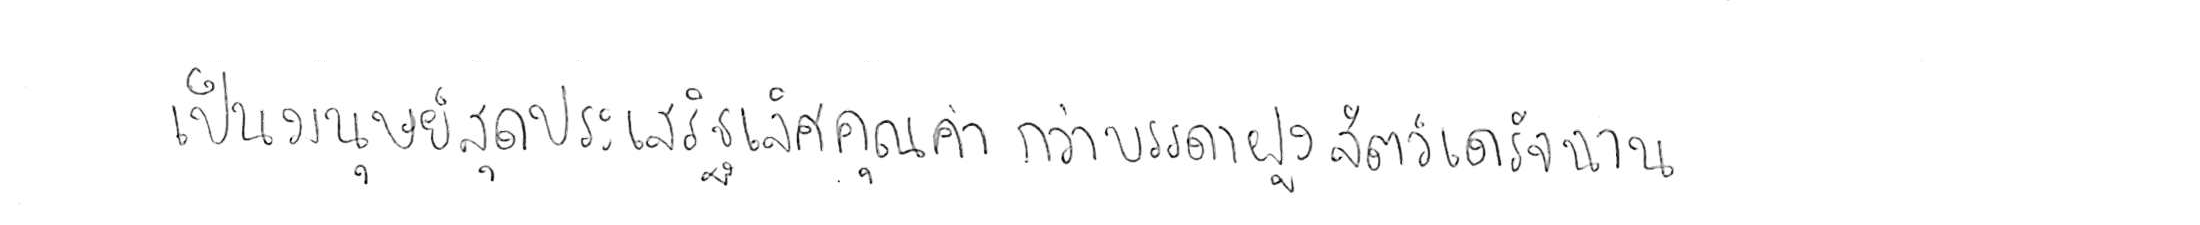
เป็นมนุษย์สุดประเสริฐเลิศคุณค่า กว่าบรรดาฝูงสัตว์เดรัจฉาน